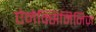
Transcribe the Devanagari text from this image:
ऐनेक्सिमिनिज़